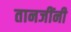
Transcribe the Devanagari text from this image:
तानजींनी